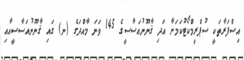
އިސްފަރާތަކީ ސުޕްރީމްކޯޓުކަމަށާ އަދި ޤާނޫނުއަސާސީގެ 145 ވަނަ މާއްދަގެ (ނ) ގައި ޤާނޫނުއަސާސީއާއި